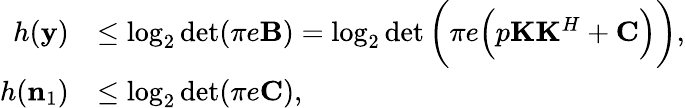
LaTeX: \begin{array}{rl}{h(\mathbf{y})}&{\le\log_{2}\operatorname*{det}(\pi e\mathbf{B})=\log_{2}\operatorname*{det}\bigg(\pi e\Big(p\mathbf{K}\mathbf{K}^{H}+\mathbf{C}\Big)\bigg),}\\ {h(\mathbf{n}_{1})}&{\le\log_{2}\operatorname*{det}(\pi e\mathbf{C}),}\end{array}